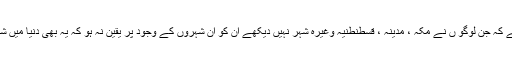
بلکہ اس سے یہ بھی لازم آتا ہے کہ جن لوگو ں نے مکہ ، مدینہ ، قسطنطنیہ وغیرہ شہر نہیں دیکھے ان کو ان شہروں کے وجود پر یقین نہ ہو کہ یہ بھی دنیا میں شہر بس رہے ہیں وغیرہ وغیرہ ۔